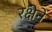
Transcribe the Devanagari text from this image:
रक्षेने